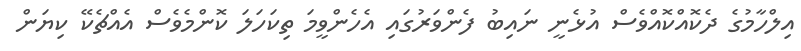
އިލްހާމުގެ ދެކޮއްކޮއްވެސް އުޅެނީ ނައިބު ފެންވަރުގައި އެހެންވީމަ ތިކަހަލަ ކޮންމެވެސް އެއްޗެކޭ ކިޔަން